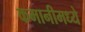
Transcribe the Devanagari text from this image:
कमानीमध्ये